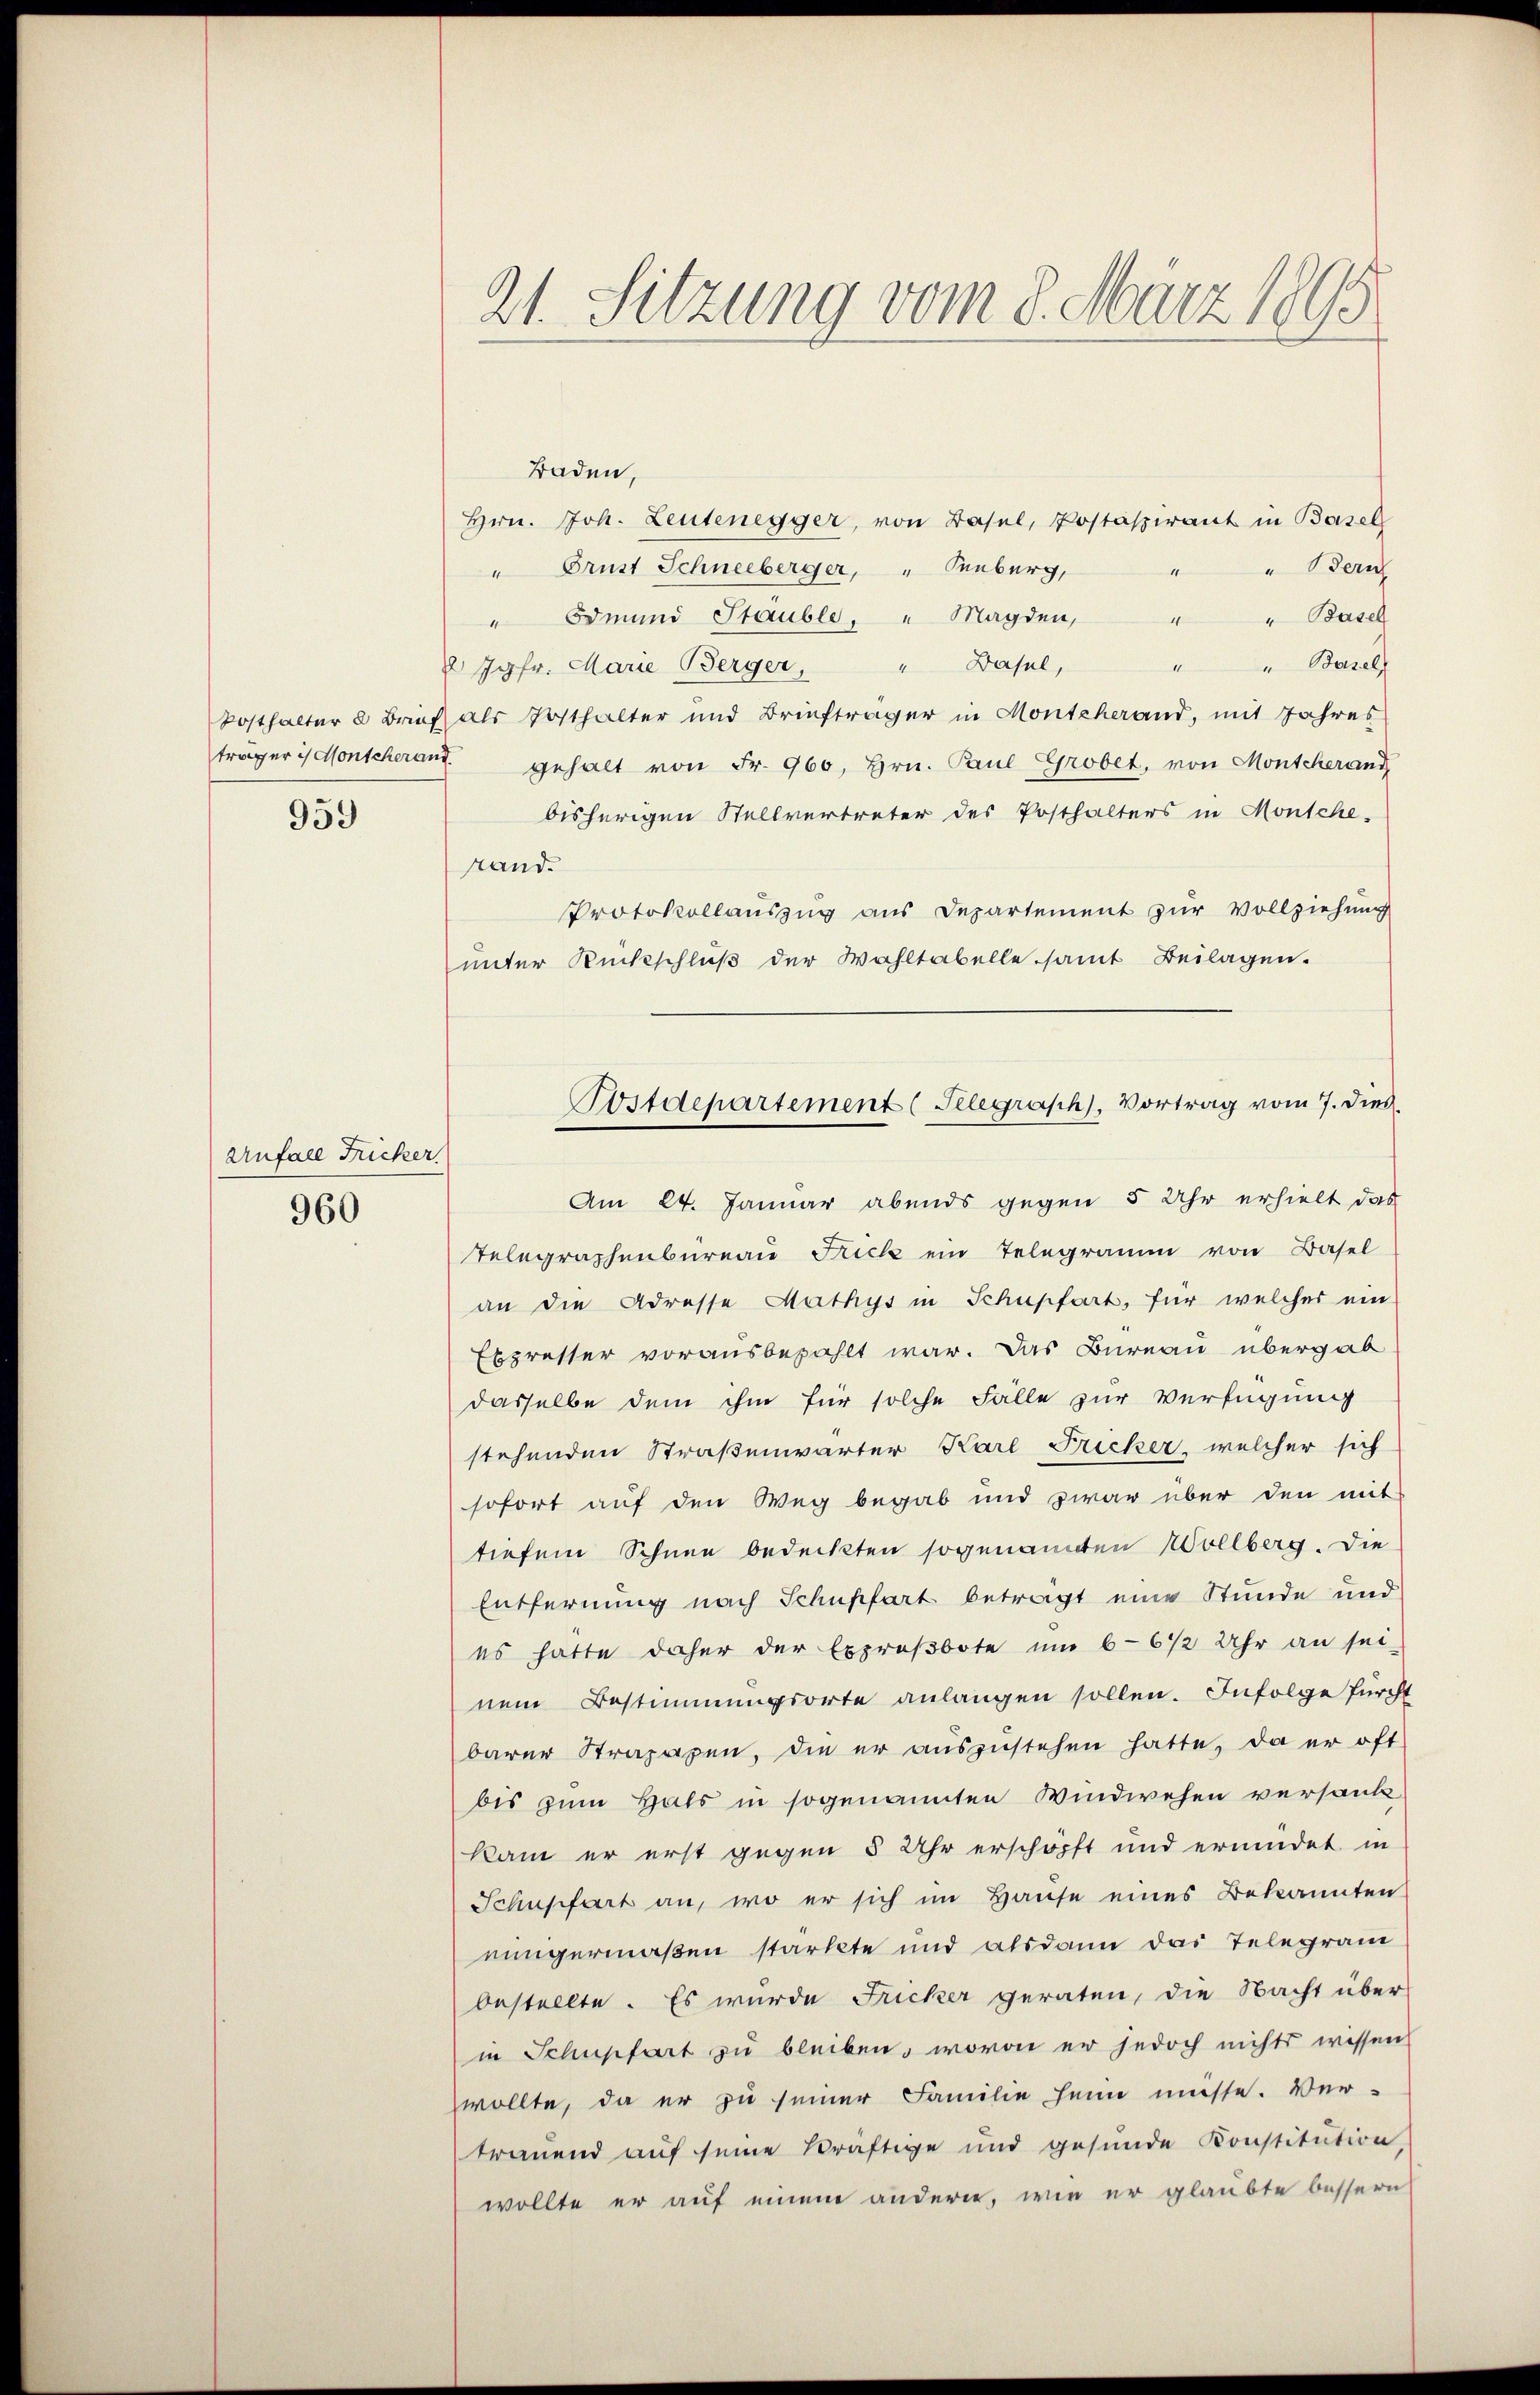
träger is Monscherand
959

Baden,
Hrn. Joh. Leutenegger, von Basel, Postasirant in Basel
" Bern
" Brust Schneeberger, " Tuburg,
" " Basel
" Edmund Stäuble. " Magden,
"Basel
2 Jgfr. Marie Berger, " Basel,
Posthalter 2 Brief als Posthalter und Briefträger in Montcherand, mit Jahres
gehalt von Fr. 960, Hrn. Paul Grobet, von Montcherand
bisherigen Stellvertreter des Posthalters in Monsche-
rand.
PProtokollauszug aus Departement zur Vollziehung
unter Rückschluß der Wahltabelle samt Beilagen.
Am 24. Januar abends gegen 5 Uhr erhielt das
Telegraphenbüreau Frick ein Telegramm von Basel
an die Adresse Mathys in Schüpfort, für welcher ein
Expresser vorausbezahlt war. Das Bureau übergab
dasselbe dem ihm für solche Fälle zur Verfügung
stehenden Straßenwärter Karl Fricker, welcher sich
sofort auf den Weg begab und zwar über den mit
tiefem Schnee bedeckten sogenannten Wollberg. Die
Entfernung nach Schüpfart beträgt eine Stunde und
es hätte daher der Exproßbote um 6-6 1/2 Uhr an sei-
nem Bestimmungsorte anlangen sollen. Infolge fürcht
barer Strapazen, die er auszustehen hatte, da er oft
bis zum Hals in sogenannten Windwesen versank
kam er erst gegen 5 Uhr erschöpft und ermüdet in
Schnschart an, wo er sich im Hause eines Bekannten
einigermaßen stärkte und alsdann das Telegram
bestellte. Es wurde Fricker geraten, die Nacht über-
in Schupfart zu bleiben, wovon er jedoch nichts wissen
wollte, da er zu seiner Familie heim müsse. Ver-
trauend auf seine kräftige und gesunde Konstitution,
wollte er auf einem andern, wie er glaubte bessern

Anfall Fricker
960

21. Sitzung vom 8. März 1895

Postdepartement (Telegraph, Vortrag vom 7. dies